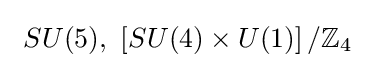
\ SU(5),\ \left[SU(4)\times U(1)\right]/\mathbb {Z} _{4}\